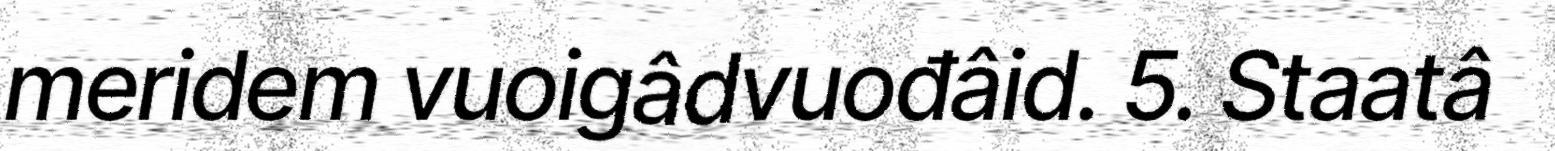
meridem vuoigâdvuođâid. 5. Staatâ